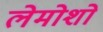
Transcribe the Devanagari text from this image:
लेमोशो